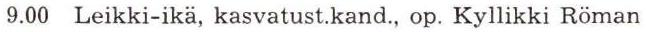
9.00 Leikki-ikä, kasvatust.kand., op. Kyllikki Röman